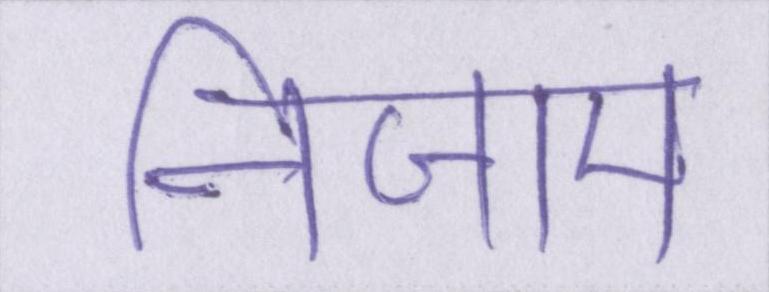
निजाम